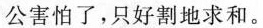
公害怕了，只好割地求和。